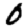
Digit: 0